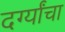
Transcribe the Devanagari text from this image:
दर्ग्यांचा